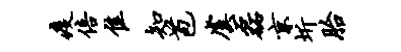
疫倍隹知苞虞磊京圻胎